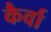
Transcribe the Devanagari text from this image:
कैर्वा